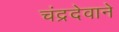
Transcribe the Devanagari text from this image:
चंद्रदेवाने